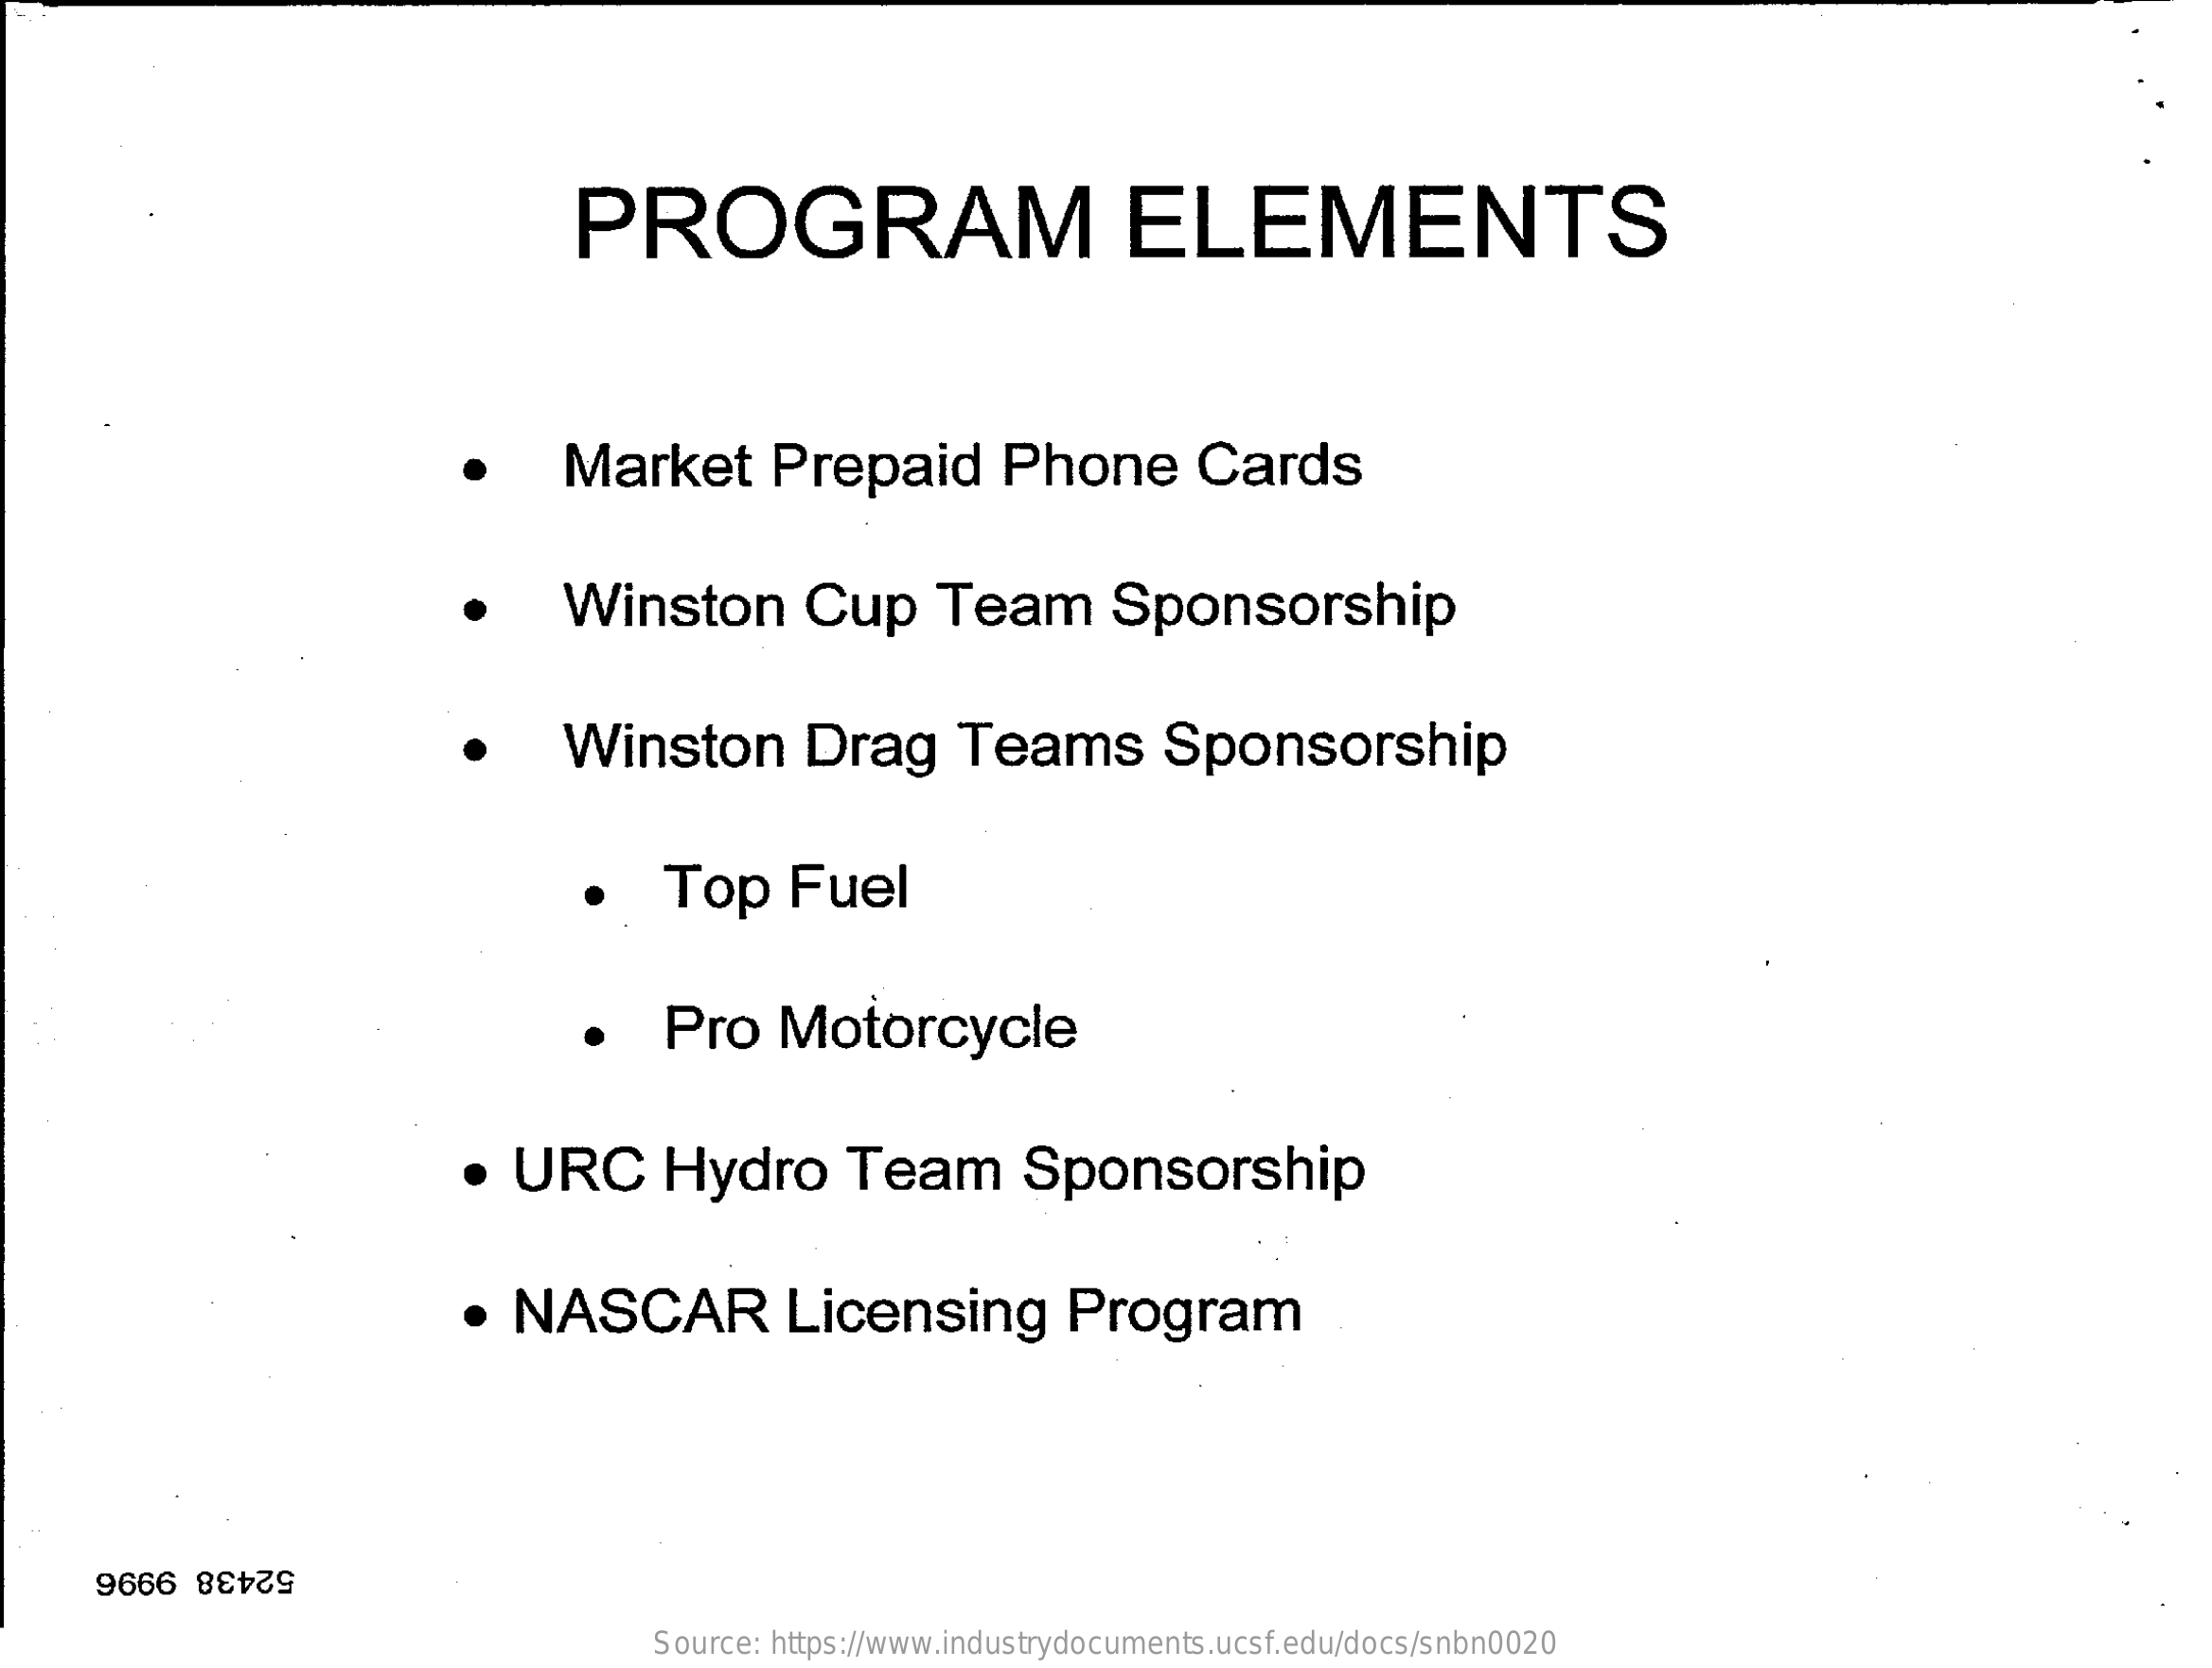
PROGRAM    ELEMENTS
     ·    Market    Prepaid    Phone    Cards
     .    Winston    Cup    Team    Sponsorship
     .    Winston    Drag    Teams    Sponsorship
     ·    Top    Fuel
     ·    Pro    Motorcycle
     · URC    Hydro    Team    Sponsorship
     · NASCAR    Licensing    Program
     52438 9996
     Source: https://www.industrydocuments.ucsf.edu/docs/snbn0020